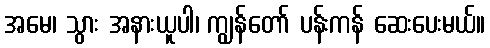
အမေ၊ သွား အနားယူပါ၊ ကျွန်တော် ပန်းကန် ဆေးပေးမယ်။